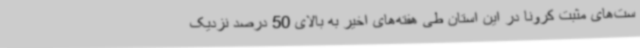
ست‌های مثبت کرونا در این استان طی هفته‌های اخیر به بالای 50 درصد نزدیک